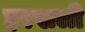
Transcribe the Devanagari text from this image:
हरखली